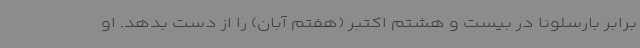
برابر بارسلونا در بیست و هشتم اکتبر (هفتم آبان) را از دست بدهد. او